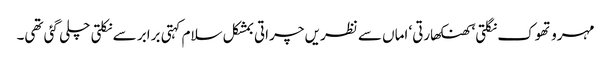
مہرو تھوک نگلتی‘ کھنکھارتی‘ اماں سے نظریں چراتی بمشکل سلام کہتی برابر سے نکلتی چلی گئی تھی۔